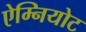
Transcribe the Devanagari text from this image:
ऐम्नियोट